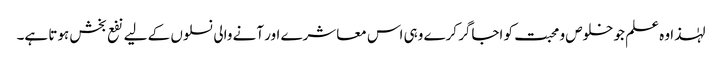
لہٰذا وہ علم جو خلوص و محبت کو اجاگر کرے وہی اس معاشرے اور آنے والی نسلوں کے لیے نفع بخش ہوتا ہے۔